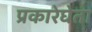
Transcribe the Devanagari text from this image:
प्रकारेघेता